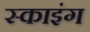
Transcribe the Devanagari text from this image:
स्‍काइंग